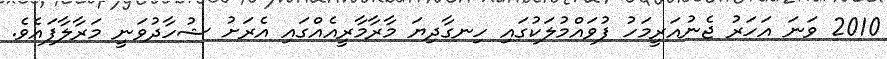
2010 ވަނަ އަހަރު ޖެނުއަރީމަހު ފުވައްމުލަކުގައި ހިނގާދިޔަ މާރާމާރީއެއްގައި އެރަށު ޝުހާދުވަނީ މަރާލާފައެވެ.